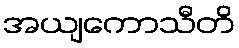
အယျကောသီတိ